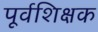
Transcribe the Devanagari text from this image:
पूर्वशिक्षक